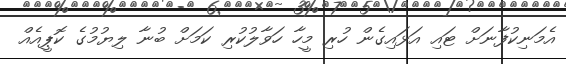
އެމަނިކުފާނަށް ޓައި އަޅައިގެން ހުރި މީހާ ހަވާލުކުރި ކަމަށް ބުނާ ލިޔުމުގެ ކޮޕީއެއް